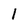
Character: 1